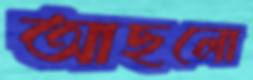
আছলো